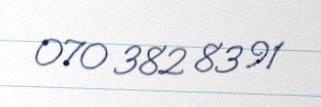
070 382 83 91